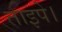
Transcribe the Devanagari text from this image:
ताइपे।